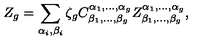
Z _ { g } = \sum _ { \alpha _ { i } , \beta _ { i } } \zeta _ { g } C _ { \beta _ { 1 } , \dots , \beta _ { g } } ^ { \alpha _ { 1 } , \dots , \alpha _ { g } } Z _ { \beta _ { 1 } , \dots , \beta _ { g } } ^ { \alpha _ { 1 } , \dots , \alpha _ { g } } ,